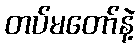
တပ်မတော်နဲ့